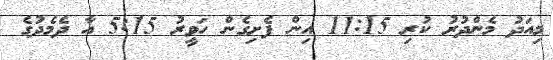
މިއަދު މެންދުރު ކުރި 11:15 އިން ފެށިގެން ހަވީރު 5:15 އާ ދެމެދުގެ